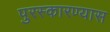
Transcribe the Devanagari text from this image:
पुरस्कारण्यास